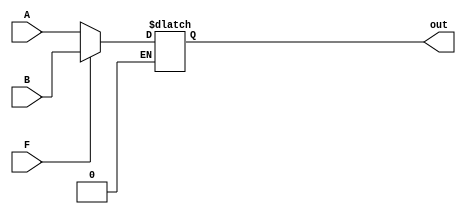
module Mux2to1_8bit (F, A, B, out);

	input F;
	input [7:0] A, B;
	output reg [7:0] out;
	
	always@(*) begin
		if (F == 0) begin
			out <= A;
		end
		else if (F == 1) begin
			out <= B;
		end
	end

endmodule

module Mux2to1_32bit (F, A, B, out);

	input F;
	input [31:0] A, B;
	output reg [31:0] out;
	
	always@(*) begin
		if (F == 0) begin
			out <= A;
		end
		else if (F == 1) begin
			out <= B;
		end
	end

endmodule